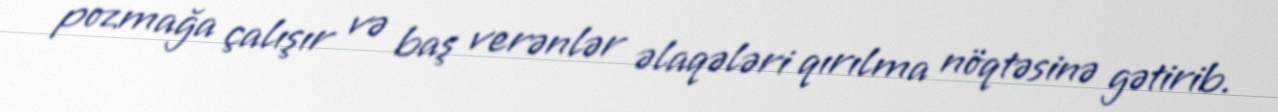
pozmağa çalışır və baş verənlər əlaqələri qırılma nöqtəsinə gətirib.